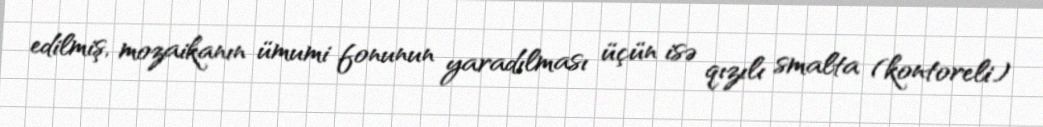
edilmiş, mozaikanın ümumi fonunun yaradılması üçün isə qızılı smalta (kontoreli)